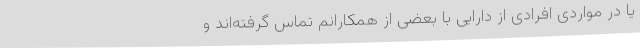
یا در مواردی افرادی از دارایی با بعضی از همکارانم تماس گرفته‌اند و